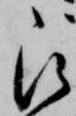
被